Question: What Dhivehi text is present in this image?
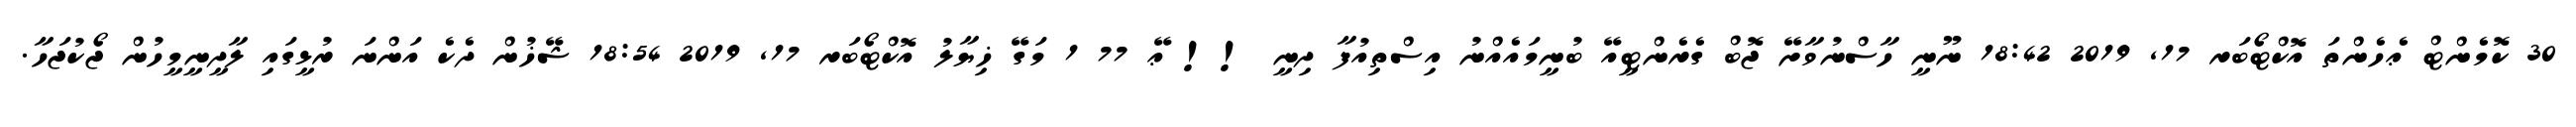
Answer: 30 ކޮމެންޓް ޢެހެންތަ އޮކްޓޯބަރ 17, 2019 18:42 ނޫނީ ހާސްނުވާށޭ ޖޮބް ގެރެންޓީއޭ ބުނީމައެއްނު އިސްތިއުފާ ދިނީ !! ޢޭ 77 1 މަގޭ ޚިޔާލު އޮކްޓޯބަރ 17, 2019 18:54 ޝޭޚުން ދެކެ އަންނަ ރުޅީގައި ލާދީނީމީހުން ޖޯކުޖަހާ.